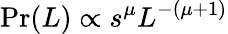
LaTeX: \operatorname*{Pr}(L)\propto s^{\mu}L^{-(\mu+1)}